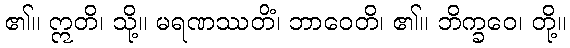
၏။ ဣတိ၊ သို့။ မရဏဿတိံ၊ ဘာဝေတိ၊ ၏။ ဘိက္ခဝေ၊ တို့။